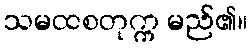
သမထစတုက္က မည်၏။